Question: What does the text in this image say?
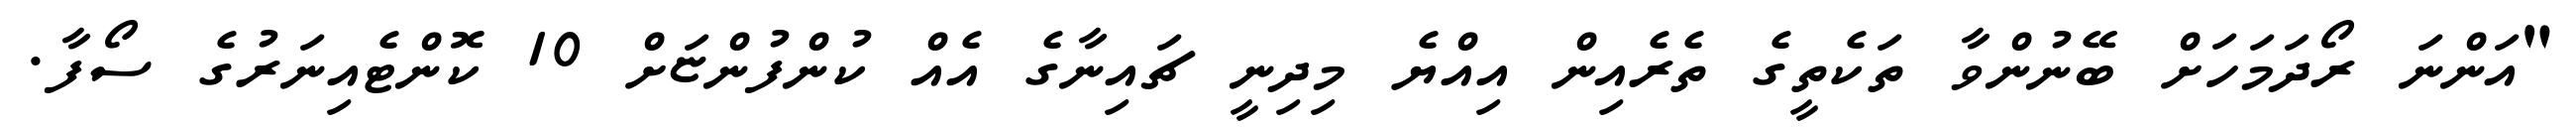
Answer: "އަންނަ ރޯދަމަހަށް ބޭނުންވާ ތަކެތީގެ ތެރެއިން އިއްޔެ މިދިނީ ޗައިނާގެ އެއް ކުންފުންޏަށް 10 ކޮންޓެއިނަރުގެ ސޯފާ.